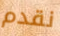
نقدم